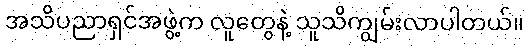
အသိပညာရှင်အဖွဲ့က လူတွေနဲ့ သူသိကျွမ်းလာပါတယ်။